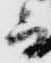
而